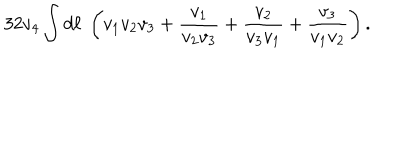
3 2 v _ { 4 } \int { d \ell } \; \left( v _ { 1 } v _ { 2 } v _ { 3 } + { \frac { v _ { 1 } } { v _ { 2 } v _ { 3 } } } + { \frac { v _ { 2 } } { v _ { 3 } v _ { 1 } } } + { \frac { v _ { 3 } } { v _ { 1 } v _ { 2 } } } \right) .